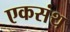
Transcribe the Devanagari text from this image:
एकसंथ